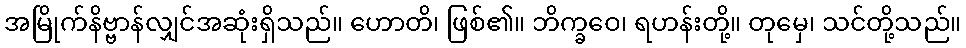
အမြိုက်နိဗ္ဗာန်လျှင်အဆုံးရှိသည်။ ဟောတိ၊ ဖြစ်၏။ ဘိက္ခဝေ၊ ရဟန်းတို့။ တုမှေ၊ သင်တို့သည်။